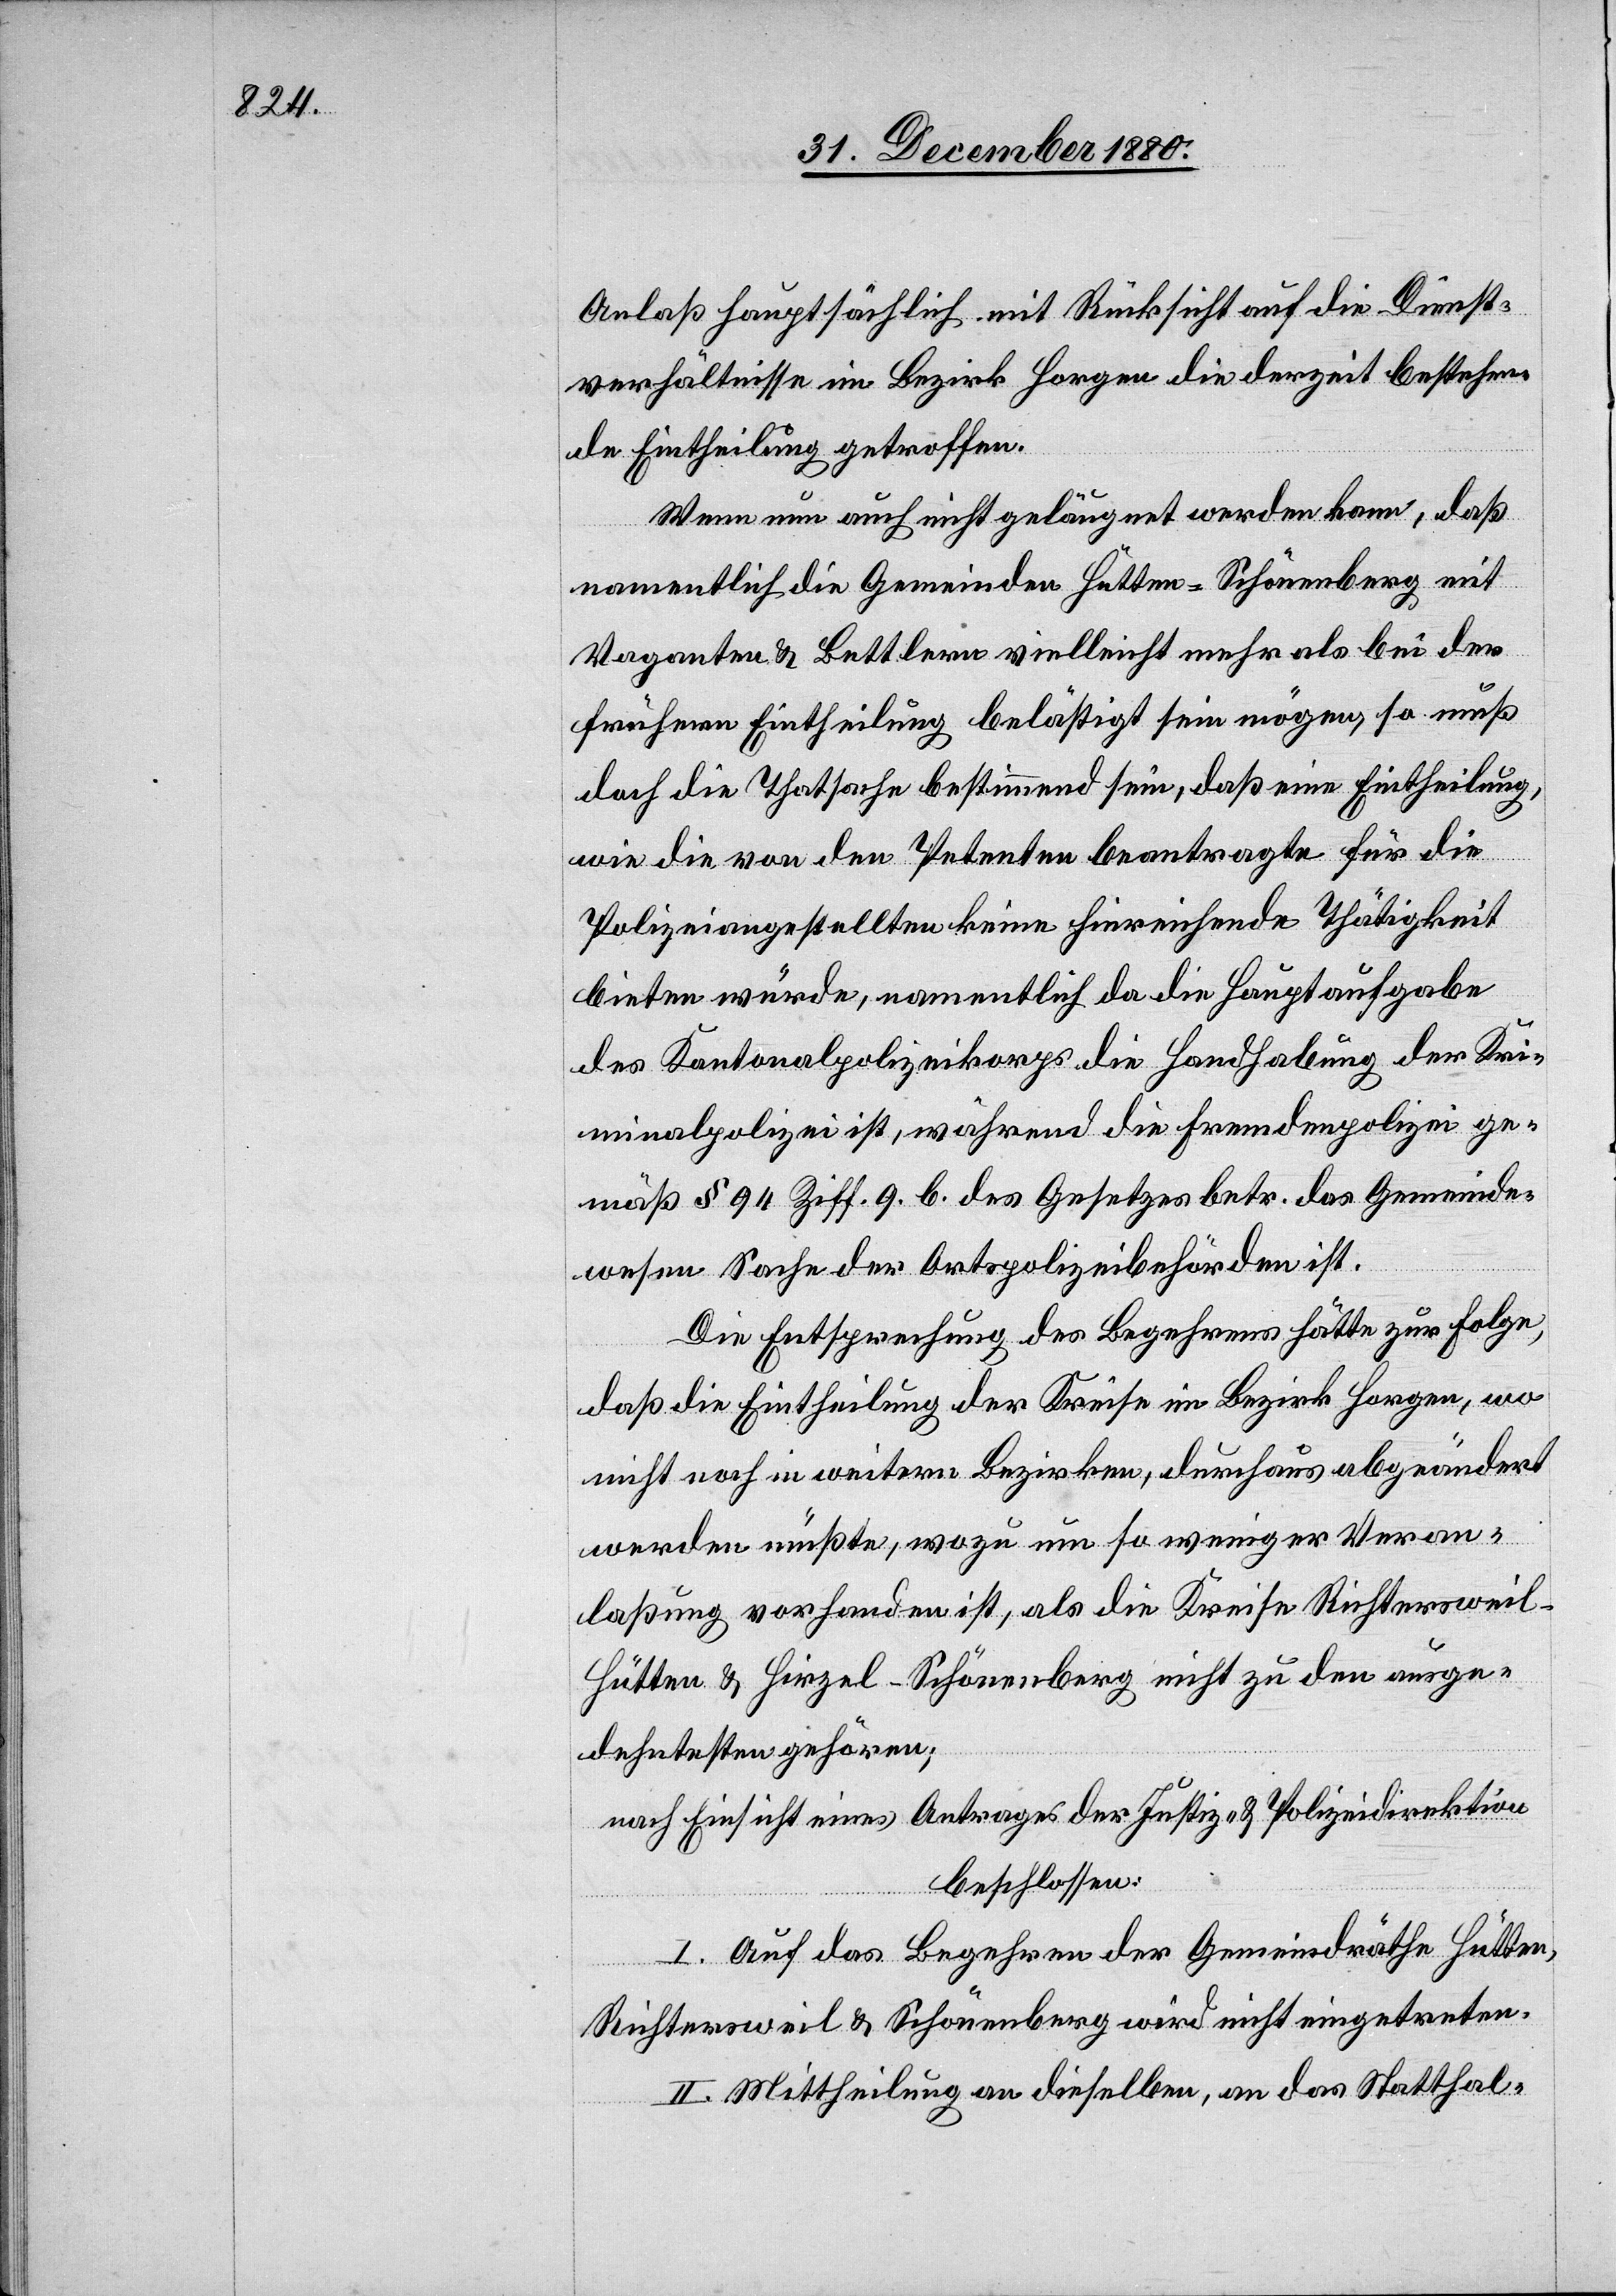
Anlaß hauptsächlich mit Rücksicht auf die Dienst¬
verhältnisse im Bezirk Horgen die derzeit bestehen¬
de Eintheilung getroffen.
Wenn nun auch nicht geläugnet werden kann, daß
namentlich die Gemeinden Hütten-Schönenberg mit
Vaganten & Bettlern vielleicht mehr als bei der
frühern Eintheilung belästigt sein mögen, so muß
doch die Thatsache bestimmend sein, daß eine Eintheilung,
wie die von den Petenten beantragte für die
Polizeiangestellten keine hinreichende Thätigkeit
bieten würde, namentlich da die Hauptaufgabe
des Kantonalpolizeikorps die Handhabung der Kri¬
minalpolizei ist, während die Fremdenpolizei ge¬
mäß § 94 Ziff. 9. b. des Gesetzes betr. das Gemeinde¬
wesen Sache der Ortspolizeibehörden ist.
Die Entsprechung des Begehrens hätte zur Folge,
daß die Eintheilung der Kreis im Bezirk Horgen, wo
nicht noch in weitern Bezirken, durchaus abgeändert
werden müßte, wozu um so weniger Veran¬
laßung vorhanden ist, als die Kreise Richtersweil-H¬
ütten & Hirzel-Schönenberg nicht zu den ausge¬
dehntesten gehören;
nach Einsicht eines Antrages der Justiz- & Polizeidirektion
beschlossen:
I. Auf das Begehren der Gemeindräthe Hütten,
Richtersweil & Schönenberg wird nicht eingetreten.
II. Mittheilung an dieselben, an das Statthal-